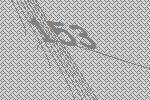
153